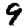
Digit: 9